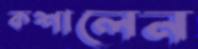
কশালেন